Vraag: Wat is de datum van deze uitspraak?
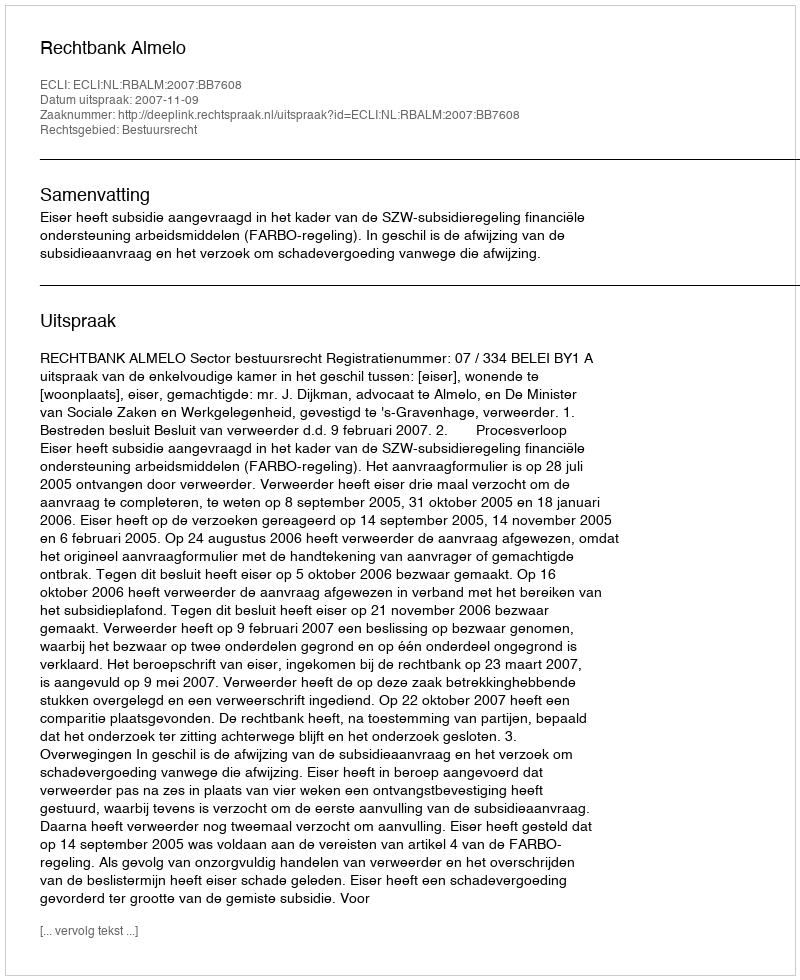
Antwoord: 2007-11-09